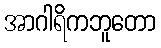
အာဂါရိကဘူတော